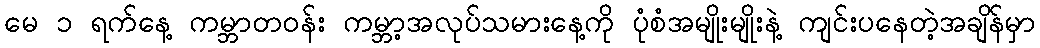
မေ ၁ ရက်နေ့ ကမ္ဘာတဝန်း ကမ္ဘာ့အလုပ်သမားနေ့ကို ပုံစံအမျိုးမျိုးနဲ့ ကျင်းပနေတဲ့အချိန်မှာ